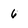
Character: 6